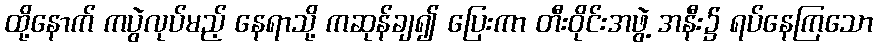
ထို့နောက် ကပွဲလုပ်မည့် နေရာသို့ ကဆုန်ချ၍ ပြေးကာ တီးဝိုင်းအဖွဲ့ အနီး၌ ရပ်နေကြသော